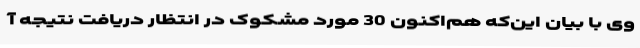
وی با بیان این‌که هم‌اکنون 30 مورد مشکوک در انتظار دریافت نتیجه آ